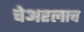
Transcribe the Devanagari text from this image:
चेअरलाच